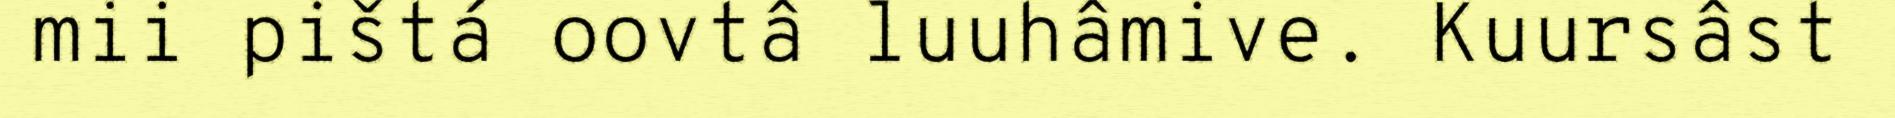
mii pištá oovtâ luuhâmive. Kuursâst